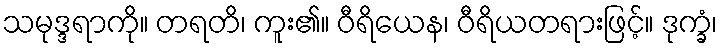
သမုဒ္ဒရာကို။ တရတိ၊ ကူး၏။ ဝီရိယေန၊ ဝီရိယတရားဖြင့်။ ဒုက္ခံ၊